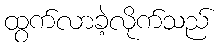
ထွက်လာခဲ့လိုက်သည်